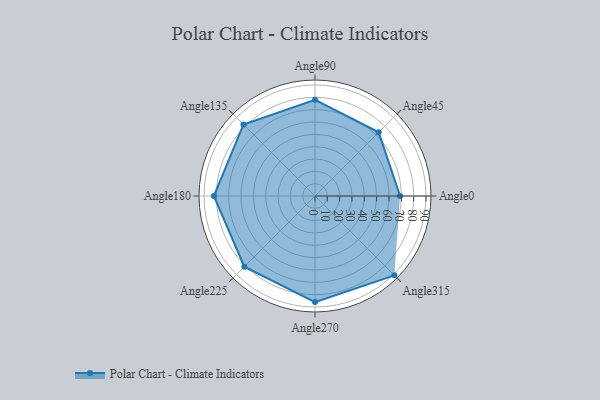
{"axis": {"x": "Angle", "y": "Radius"}, "legend": [""], "data": [{"x": "Angle0", "y": 69.0, "type": ""}, {"x": "Angle45", "y": 73.0, "type": ""}, {"x": "Angle90", "y": 78.0, "type": ""}, {"x": "Angle135", "y": 82.0, "type": ""}, {"x": "Angle180", "y": 82.0, "type": ""}, {"x": "Angle225", "y": 81.0, "type": ""}, {"x": "Angle270", "y": 86.0, "type": ""}, {"x": "Angle315", "y": 91.0, "type": ""}]}